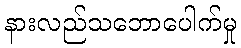
နားလည်သဘောပေါက်မှု